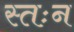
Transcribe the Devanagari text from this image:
स्तःन